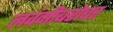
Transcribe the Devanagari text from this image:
लवंगीबरोबर